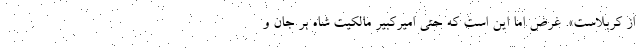
از کربلاست». غرض اما این است که حتی امیر‌کبیر مالکیت شاه بر جان و